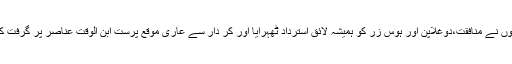
انھوں نے منافقت،دوغلاپن اور ہوس زر کو ہمیشہ لائق استرداد ٹھہرایا اور کر دار سے عاری موقع پرست ابن الوقت عناصر پر گرفت کی۔